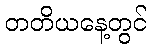
တတိယနေ့တွင်